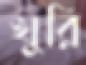
খুরি